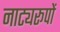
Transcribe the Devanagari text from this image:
नाट्यरूपों